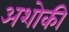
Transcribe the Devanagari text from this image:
अशोकी